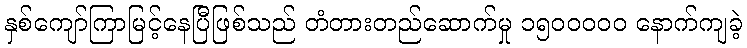
နှစ်ကျော်ကြာမြင့်နေပြီဖြစ်သည် တံတားတည်ဆောက်မှု ၁၅၀၀ဝဝဝ နောက်ကျခဲ့